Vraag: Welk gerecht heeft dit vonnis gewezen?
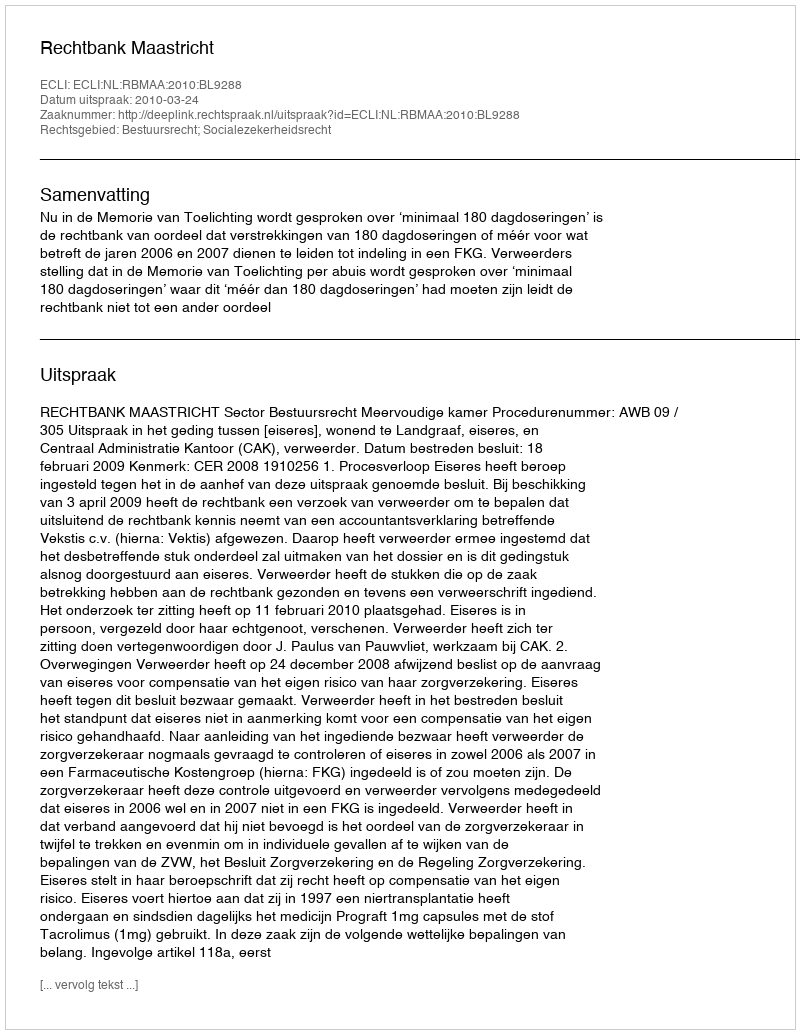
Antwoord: Rechtbank Maastricht